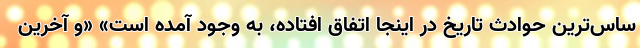
ساس‌ترین حوادث تاریخ در اینجا اتفاق افتاده، به وجود آمده است» «و آخرین